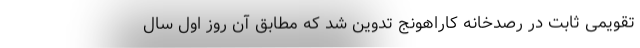
تقویمی ثابت در رصدخانهٔ کاراهونج تدوین شد که مطابق آن روز اول سال